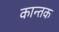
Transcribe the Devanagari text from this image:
कान्तक